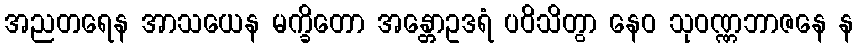
အညတရေန အာသယေန မက္ခိတော အန္တောဥဒရံ ပဝိသိတွာ နေဝ သုဝဏ္ဏဘာဇနေ န